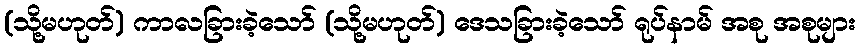
(သို့မဟုတ်) ကာလခြားခဲ့သော် (သို့မဟုတ်) ဒေသခြားခဲ့သော် ရုပ်နာမ် အစု အစုများ